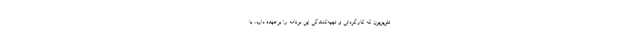
تلویزیون که کارگردانی و تهیه‌کنندگی این برنامه را برعهده دارد، با